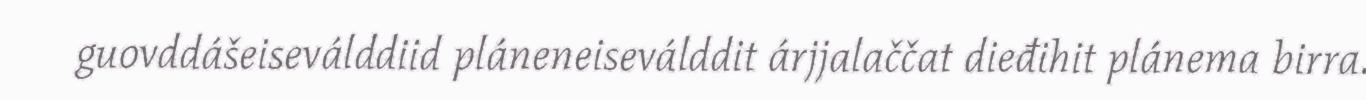
guovddášeiseválddiid pláneneiseválddit árjjalaččat dieđihit plánema birra.